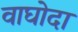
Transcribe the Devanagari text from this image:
वाघोदा